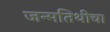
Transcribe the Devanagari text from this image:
जन्मतिथीचा